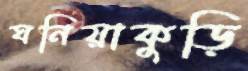
ঘনিয়াকুড়ি